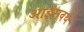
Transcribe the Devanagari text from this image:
आइंसवर्थ